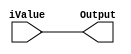
`timescale 1ns/1ps
`default_nettype none
// PLEASE READ THIS, IT MAY SAVE YOU SOME TIME AND MONEY, THANK YOU!
// * This file was generated by Quokka FPGA Toolkit.
// * Generated code is your property, do whatever you want with it
// * Place custom code between [BEGIN USER ***] and [END USER ***].
// * CAUTION: All code outside of [USER] scope is subject to regeneration.
// * Bad things happen sometimes in developer's life,
//   it is recommended to use source control management software (e.g. git, bzr etc) to keep your custom code safe'n'sound.
// * Internal structure of code is subject to change.
//   You can use some of signals in custom code, but most likely they will not exist in future (e.g. will get shorter or gone completely)
// * Please send your feedback, comments, improvement ideas etc. to evmuryshkin@gmail.com
// * Visit https://github.com/EvgenyMuryshkin/QuokkaEvaluation to access latest version of playground
//
// DISCLAIMER:
//   Code comes AS-IS, it is your responsibility to make sure it is working as expected
//   no responsibility will be taken for any loss or damage caused by use of Quokka toolkit.
//
// System configuration name is StructCompositionParentModule_TopLevel_child, clock frequency is 1Hz, Embedded
// FSM summary
// -- Packages
module StructCompositionParentModule_TopLevel_child
(
	// [BEGIN USER PORTS]
	// [END USER PORTS]
	input wire [75:0] iValue,
	output wire [75:0] Output
);
	// [BEGIN USER SIGNALS]
	// [END USER SIGNALS]
	localparam HiSignal = 1'b1;
	localparam LoSignal = 1'b0;
	wire Zero = 1'b0;
	wire One = 1'b1;
	wire true = 1'b1;
	wire false = 1'b0;
	wire [15: 0] Inputs_iValue_intValue;
	wire [7: 0] Inputs_iValue_l1_byteValue;
	wire [1: 0] Inputs_iValue_l1_l2_bitArray;
	wire Inputs_iValue_l1_l2_boolValue [0 : 1];
	wire [3 : 0] Inputs_iValue_l1_l2Array [0 : 1];
	wire [19 : 0] Inputs_iValue_l1Array [0 : 1];
	assign Inputs_iValue_l1Array[1] = iValue[75:56];
	assign Inputs_iValue_l1Array[0] = iValue[55:36];
	assign Inputs_iValue_l1_l2Array[1] = iValue[35:32];
	assign Inputs_iValue_l1_l2Array[0] = iValue[31:28];
	assign Inputs_iValue_l1_l2_boolValue[1] = iValue[27];
	assign Inputs_iValue_l1_l2_boolValue[0] = iValue[26];
	assign Inputs_iValue_l1_l2_bitArray = iValue[25:24];
	assign Inputs_iValue_l1_byteValue = iValue[23:16];
	assign Inputs_iValue_intValue = iValue[15:0];
	assign Output[75:0] = iValue;
	// [BEGIN USER ARCHITECTURE]
	// [END USER ARCHITECTURE]
endmodule